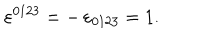
LaTeX: \varepsilon ^ { 0 1 2 3 } = - \, \varepsilon _ { 0 1 2 3 } = 1 .